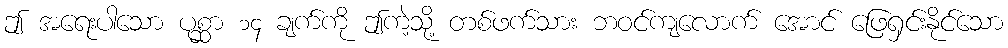
ဤ အရေးပါသော ပုစ္ဆာ ၁၄ ချက်ကို ဤကဲ့သို့ တစ်ဖက်သား ဘဝင်ကျလောက် အောင် ဖြေရှင်းနိုင်သော